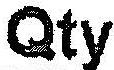
QTY